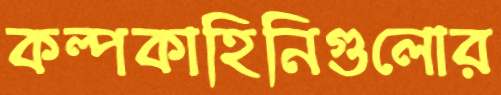
কল্পকাহিনিগুলোর